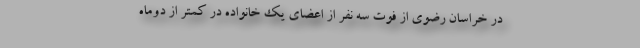
در خراسان رضوی از فوت سه نفر از اعضای یک خانواده در کمتر از دوماه